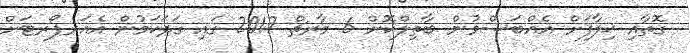
ގޮތާއި ޚިލާފަށް އެއްބަސްވުން ބާތިލްކޮށް 6 މާރޗް 2017 ގައި ގަދަކަމުން އެއަރޕޯރޓަށް